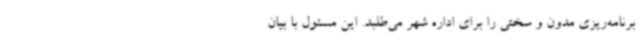
برنامه‌ریزی مدون و سختی را برای اداره شهر می‌طلبد. این مسئول با بیان